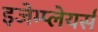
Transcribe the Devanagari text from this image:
इजेम्प्लेयर्स